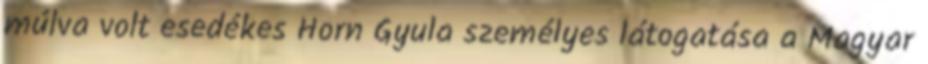
múlva volt esedékes Horn Gyula személyes látogatása a Ma­gyar